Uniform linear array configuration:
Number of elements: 64
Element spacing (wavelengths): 0.75
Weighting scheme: hamming
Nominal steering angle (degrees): -60
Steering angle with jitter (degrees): -61.226
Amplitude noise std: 0.05
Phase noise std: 0.05

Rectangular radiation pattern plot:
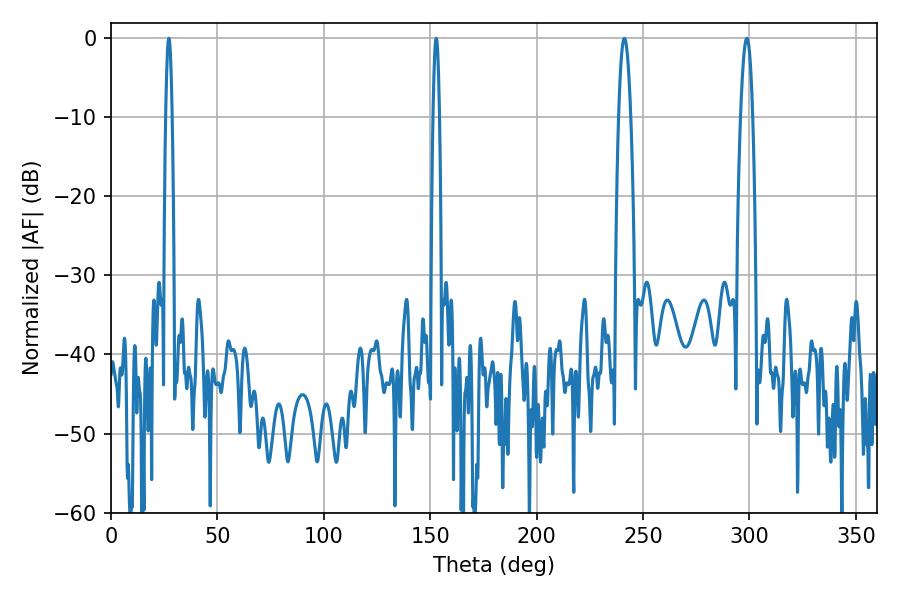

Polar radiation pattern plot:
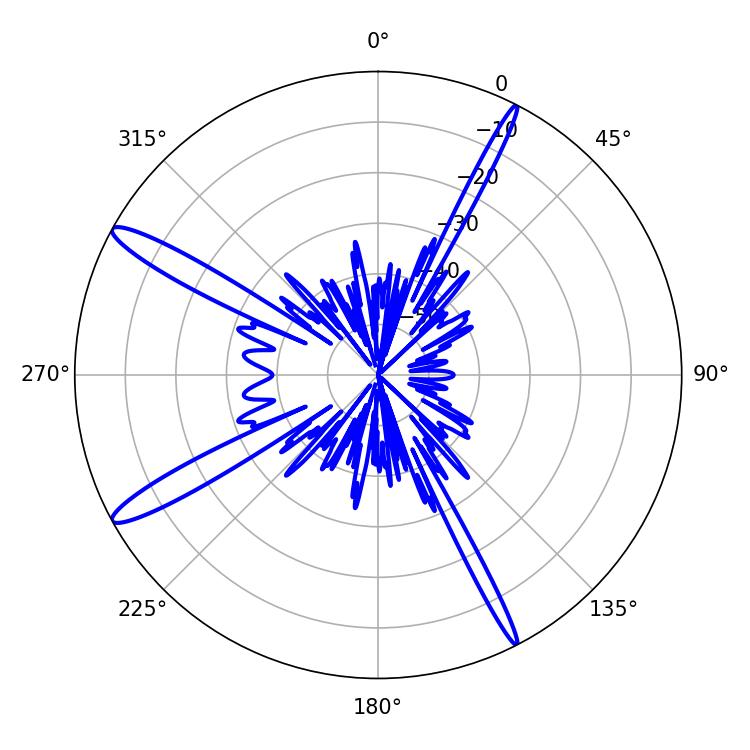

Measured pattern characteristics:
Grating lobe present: TRUE
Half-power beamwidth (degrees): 1.44
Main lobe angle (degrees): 27.18